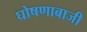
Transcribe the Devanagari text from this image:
घोषणाबाजी